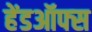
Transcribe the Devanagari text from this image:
हेंडऑफ्स